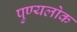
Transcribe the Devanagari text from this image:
पुण्यलोक